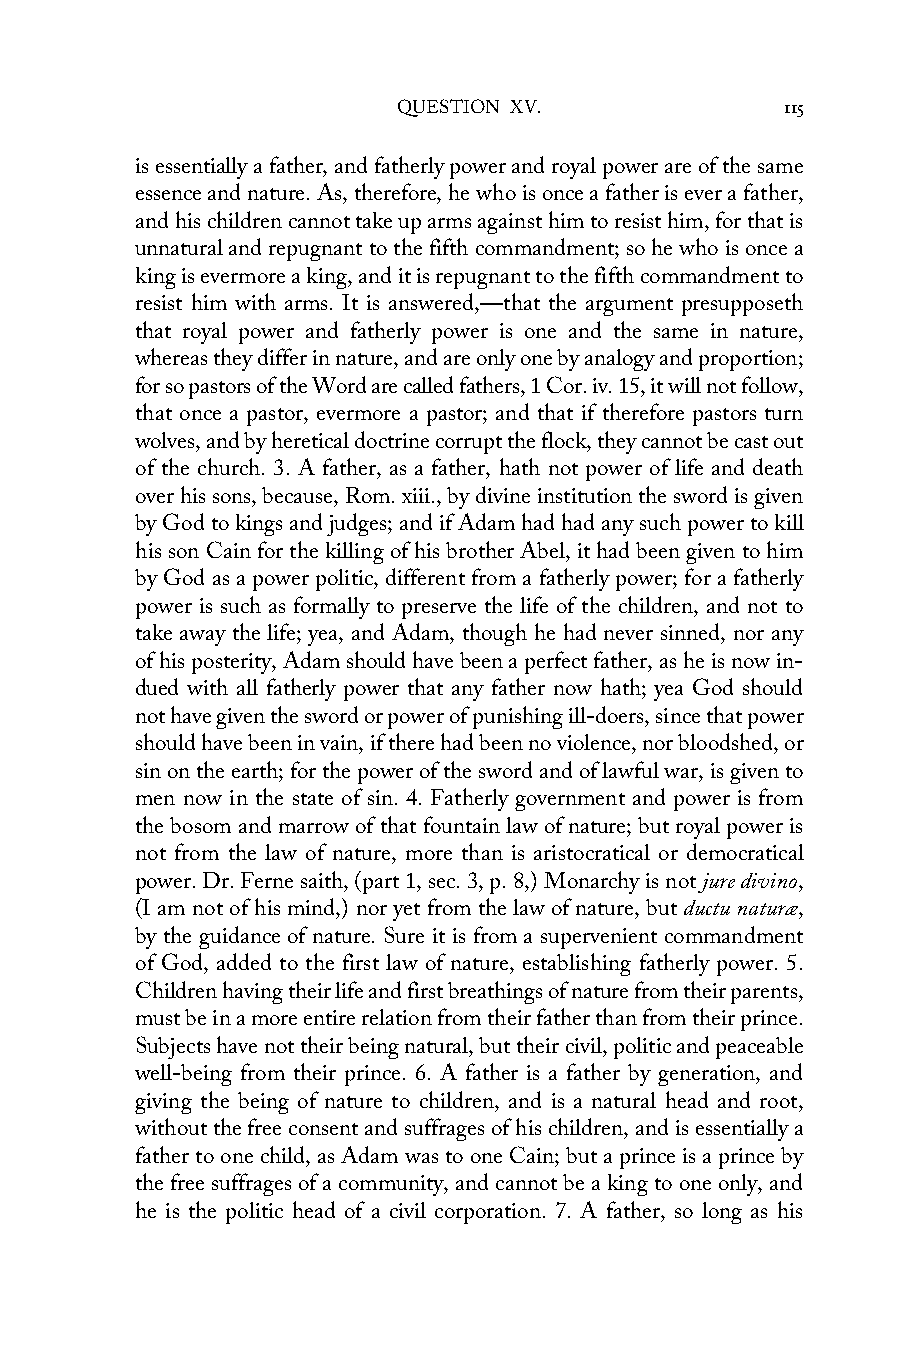
QUESTION XV.              115
 is essentially a father, and fatherly power and royal power are of the same
 essence and nature. As, therefore, he who is once a father is ever a father,
 and his children cannot take up arms against him to resist him, for that is
 unnatural and repugnant to the fifth commandment; so he who is once a
 king is evermore a king, and it is repugnant to the fifth commandment to
 resist him with arms. It is answered,—that the argument presupposeth
 that royal power and fatherly power is one and the same in nature,
 whereas they differ in nature, and are only one by analogy and proportion;
 for so pastors of the Word are called fathers, 1 Cor. iv. 15, it will not follow,
 that once a pastor, evermore a pastor; and that if therefore pastors turn
 wolves, and by heretical doctrine corrupt the flock, they cannot be cast out
 of the church. 3. A father, as a father, hath not power of life and death
 over his sons, because, Rom. xiii., by divine institution the sword is given
 by God to kings and judges; and if Adam had had any such power to kill
 his son Cain for the killing of his brother Abel, it had been given to him
 by God as a power politic, different from a fatherly power; for a fatherly
 power is such as formally to preserve the life of the children, and not to
 take away the life; yea, and Adam, though he had never sinned, nor any
 of his posterity, Adam should have been a perfect father, as he is now in-
 dued with all fatherly power that any father now hath; yea God should
 not have given the sword or power of punishing ill-doers, since that power
 should have been in vain, if there had been no violence, nor bloodshed, or
 sin on the earth; for the power of the sword and of lawful war, is given to
 men now in the state of sin. 4. Fatherly government and power is from
 the bosom and marrow of that fountain law of nature; but royal power is
 not from the law of nature, more than is aristocratical or democratical
 power. Dr. Ferne saith, (part 1, sec. 3, p. 8,) Monarchy is not jure divino,
 (I am not of his mind,) nor yet from the law of nature, but ductu naturæ,
 by the guidance of nature. Sure it is from a supervenient commandment
 of God, added to the first law of nature, establishing fatherly power. 5.
 Children having their life and first breathings of nature from their parents,
 must be in a more entire relation from their father than from their prince.
 Subjects have not their being natural, but their civil, politic and peaceable
 well-being from their prince. 6. A father is a father by generation, and
 giving the being of nature to children, and is a natural head and root,
 without the free consent and suffrages of his children, and is essentially a
 father to one child, as Adam was to one Cain; but a prince is a prince by
 the free suffrages of a community, and cannot be a king to one only, and
 he is the politic head of a civil corporation. 7. A father, so long as his